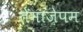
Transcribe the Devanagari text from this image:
तेमाज़ेपम